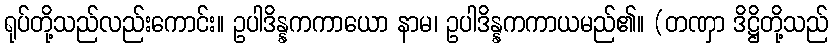
ရုပ်တို့သည်လည်းကောင်း။ ဥပါဒိန္နကကာယော နာမ၊ ဥပါဒိန္နကကာယမည်၏။ (တဏှာ ဒိဋ္ဌိတို့သည်